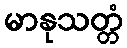
မာနုသတ္တံ